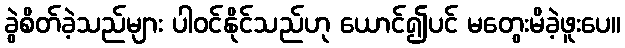
ခွဲစိတ်ခဲ့သည်များ ပါဝင်နိုင်သည်ဟု ယောင်၍ပင် မတွေးမိခဲ့ဖူးပေ။